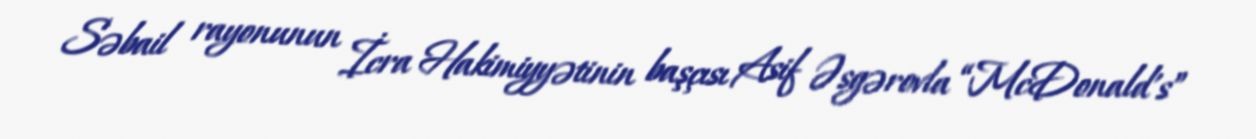
Səbail rayonunun İcra Hakimiyyətinin başçısı Asif Əsgərovla “McDonald's”